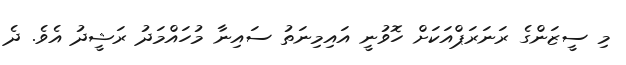
މި ސީޒަންގެ ރަނަރަޕްއަކަށް ހޮވުނީ އައިމިނަތު ސައިނާ މުހައްމަދު ރަޝީދު އެވެ. ދެ